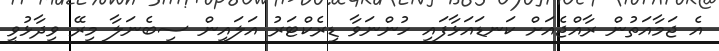
އެ ޖަމާއަތުން ރާއްޖެއަށް ކަނޑައަޅާފައި ހުންނަވާ ޑިރެކްޓަރު އަލައިން ސިބެނަލާ މިރޭ ވިދާޅުވީ